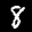
Label: 8